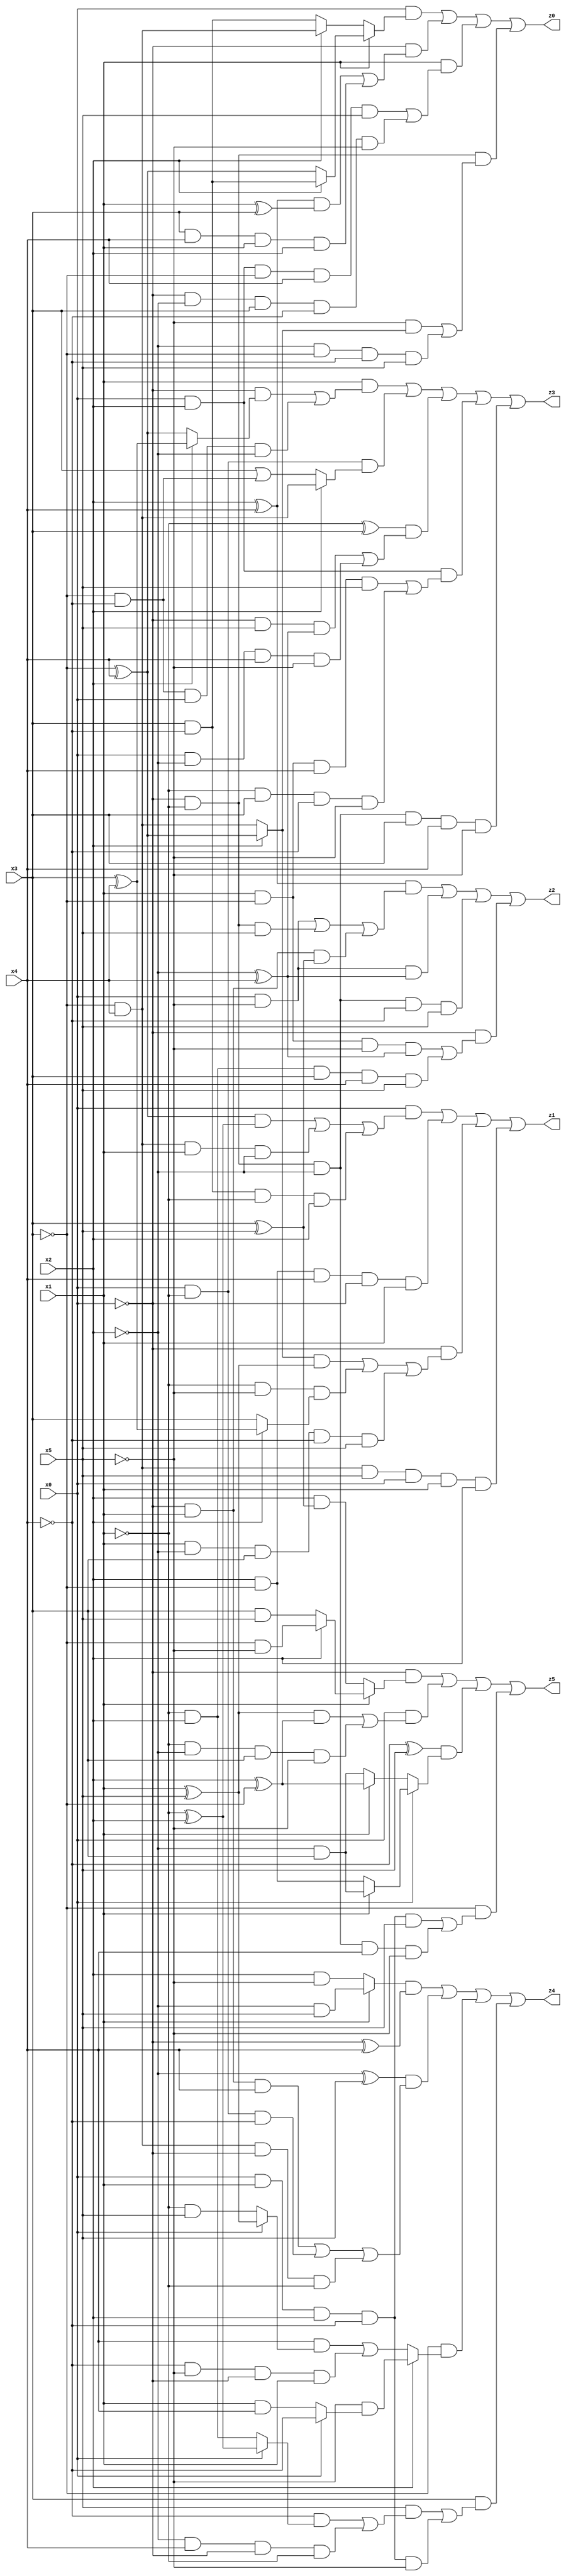
// Benchmark "X_63" written by ABC on Wed Jun 07 23:42:01 2023

module X_63 ( 
    x0, x1, x2, x3, x4, x5,
    z0, z1, z2, z3, z4, z5  );
  input  x0, x1, x2, x3, x4, x5;
  output z0, z1, z2, z3, z4, z5;
  assign z0 = (x0 & (x1 ? (x2 ? (x3 & ~x4) : (~x3 ^ x4)) : (x2 ? (~x3 & x4) : (x3 & ~x4)))) | (~x0 & (((x2 ^ x4) & (x1 ^ x3)) | (x3 & x4 & x1 & x2))) | (x1 & ((x0 & x2 & ~x3 & x4 & x5) | (~x0 & ~x2 & x3 & ~x4 & ~x5))) | (~x0 & ~x1 & ((~x5 & (x2 ? (~x3 ^ x4) : (~x3 & x4))) | (~x2 & ~x3 & ~x4 & x5)));
  assign z1 = (x0 & (((~x3 ^ x4) & (~x1 ^ x2)) | (~x3 & x4 & x1 & ~x2) | (x3 & ~x4 & ~x1 & x2))) | (x2 & ~x3 & x4 & ~x0 & x1) | (~x0 & (((x2 ? (~x3 ^ x4) : (~x3 & x4)) & (x1 ^ x5)) | (~x1 & ~x5 & (x2 ? (x3 ^ x4) : x3)) | (x1 & ~x2 & x3 & ~x4 & x5))) | (~x3 & x4 & x5 & x0 & x1 & x2);
  assign z2 = ((x2 ^ x4) & ((x0 & ~x5) | (~x0 & ~x1 & x5) | (~x0 & x1 & (x3 ^ x5)))) | (x0 & ~x5 & (~x2 ^ x4)) | (~x0 & ~x1 & ~x2 & ~x4 & x5) | (~x0 & ((x1 & ~x3 & ~x5 & (~x2 ^ x4)) | (~x1 & x2 & x3 & x4 & x5)));
  assign z3 = (x1 & ((~x0 & (x2 ? (x3 ^ x4) : (~x3 ^ x4))) | (~x3 & ~x4 & x0 & ~x2))) | (x0 & ~x1 & (x2 ? (~x3 & x4) : (x3 | (~x3 & ~x4)))) | ((~x1 ^ x3) & ((~x0 & x5 & (~x2 ^ x4)) | (x0 & ~x2 & x4 & ~x5))) | (x0 & x2 & ((x1 & ~x3 & x4 & x5) | (~x1 & x3 & ~x4 & ~x5))) | (~x0 & ~x1 & ~x2 & x3 & x4 & ~x5);
  assign z4 = ((x1 ? (~x2 & x5) : (x2 & ~x5)) & (~x0 ^ x4)) | ((~x2 ^ x5) & ((~x0 & x1 & x4) | (x0 & ~x1 & ~x4) | (~x3 & x4 & ~x0 & ~x1))) | (~x3 & (x2 ? (~x5 & (x0 ? ~x4 : (x1 & x4))) : ((x4 & (x0 ? (x1 ^ x5) : (~x1 & x5))) | (~x4 & ~x5 & ~x0 & x1)))) | (x3 & ((x5 & ((~x4 & (x0 ? (~x1 ^ x2) : (~x1 & x2))) | (~x2 & x4 & ~x0 & ~x1))) | (x0 & x1 & x2 & ~x4 & ~x5)));
  assign z5 = (~x0 & (x1 ? (x2 ? (~x3 & ~x5) : (x3 & x5)) : (x2 & (x3 ^ x5)))) | (x0 & (((x1 ^ x5) & (x2 ^ ~x3)) | (~x1 & ~x2 & x3 & ~x5))) | ((~x4 ^ x5) & (x0 ? (x1 ? (~x2 & x3) : (x2 & ~x3)) : (x1 ? (x2 ^ ~x3) : (~x2 & x3)))) | (~x3 & ((x0 & x1 & x2 & ~x4 & x5) | (~x0 & ~x1 & ~x2 & x4 & ~x5)));
endmodule